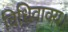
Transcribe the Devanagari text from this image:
विधिवाक्य।